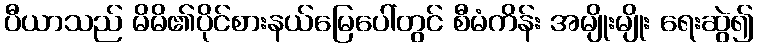
ပီယာသည် မိမိ၏ပိုင်စားနယ်မြေပေါ်တွင် စီမံကိန်း အမျိုးမျိုး ရေးဆွဲ၍